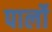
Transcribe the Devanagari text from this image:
पार्लो